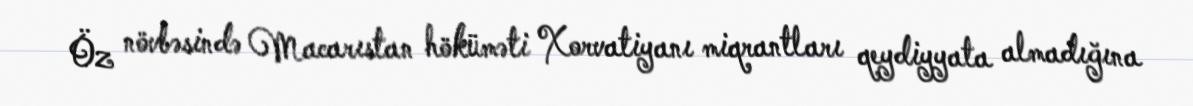
Öz növbəsində Macarıstan höküməti Xorvatiyanı miqrantları qeydiyyata almadığına